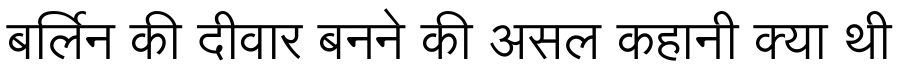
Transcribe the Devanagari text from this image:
बर्लिन की दीवार बनने की असल कहानी क्या थी